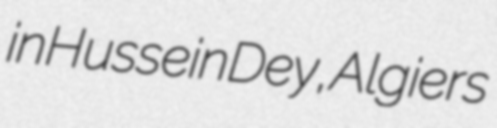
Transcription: in Hussein Dey, Algiers